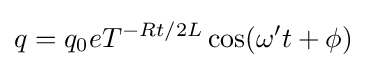
q=q_{0}eT^{-Rt/2L}\cos(\omega 't+\phi )\,\!